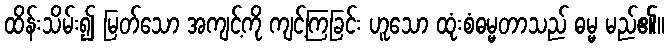
ထိန်းသိမ်း၍ မြတ်သော အကျင့်ကို ကျင့်ကြခြင်း ဟူသော ထုံးစံဓမ္မတာသည် ဓမ္မ မည်၏။